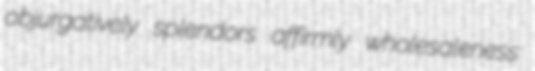
objurgatively splendors affirmly wholesaleness